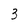
Character: 3